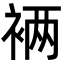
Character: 𮖁